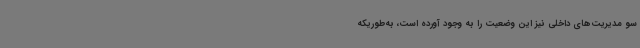
سو مدیریت‌های داخلی نیز این وضعیت را به وجود آورده است، به‌طوریکه